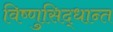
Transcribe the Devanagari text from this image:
विष्णुसिद्धान्त